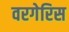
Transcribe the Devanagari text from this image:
वरगेरिस